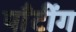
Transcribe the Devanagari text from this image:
पाँटींग